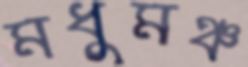
মধুমঞ্চ